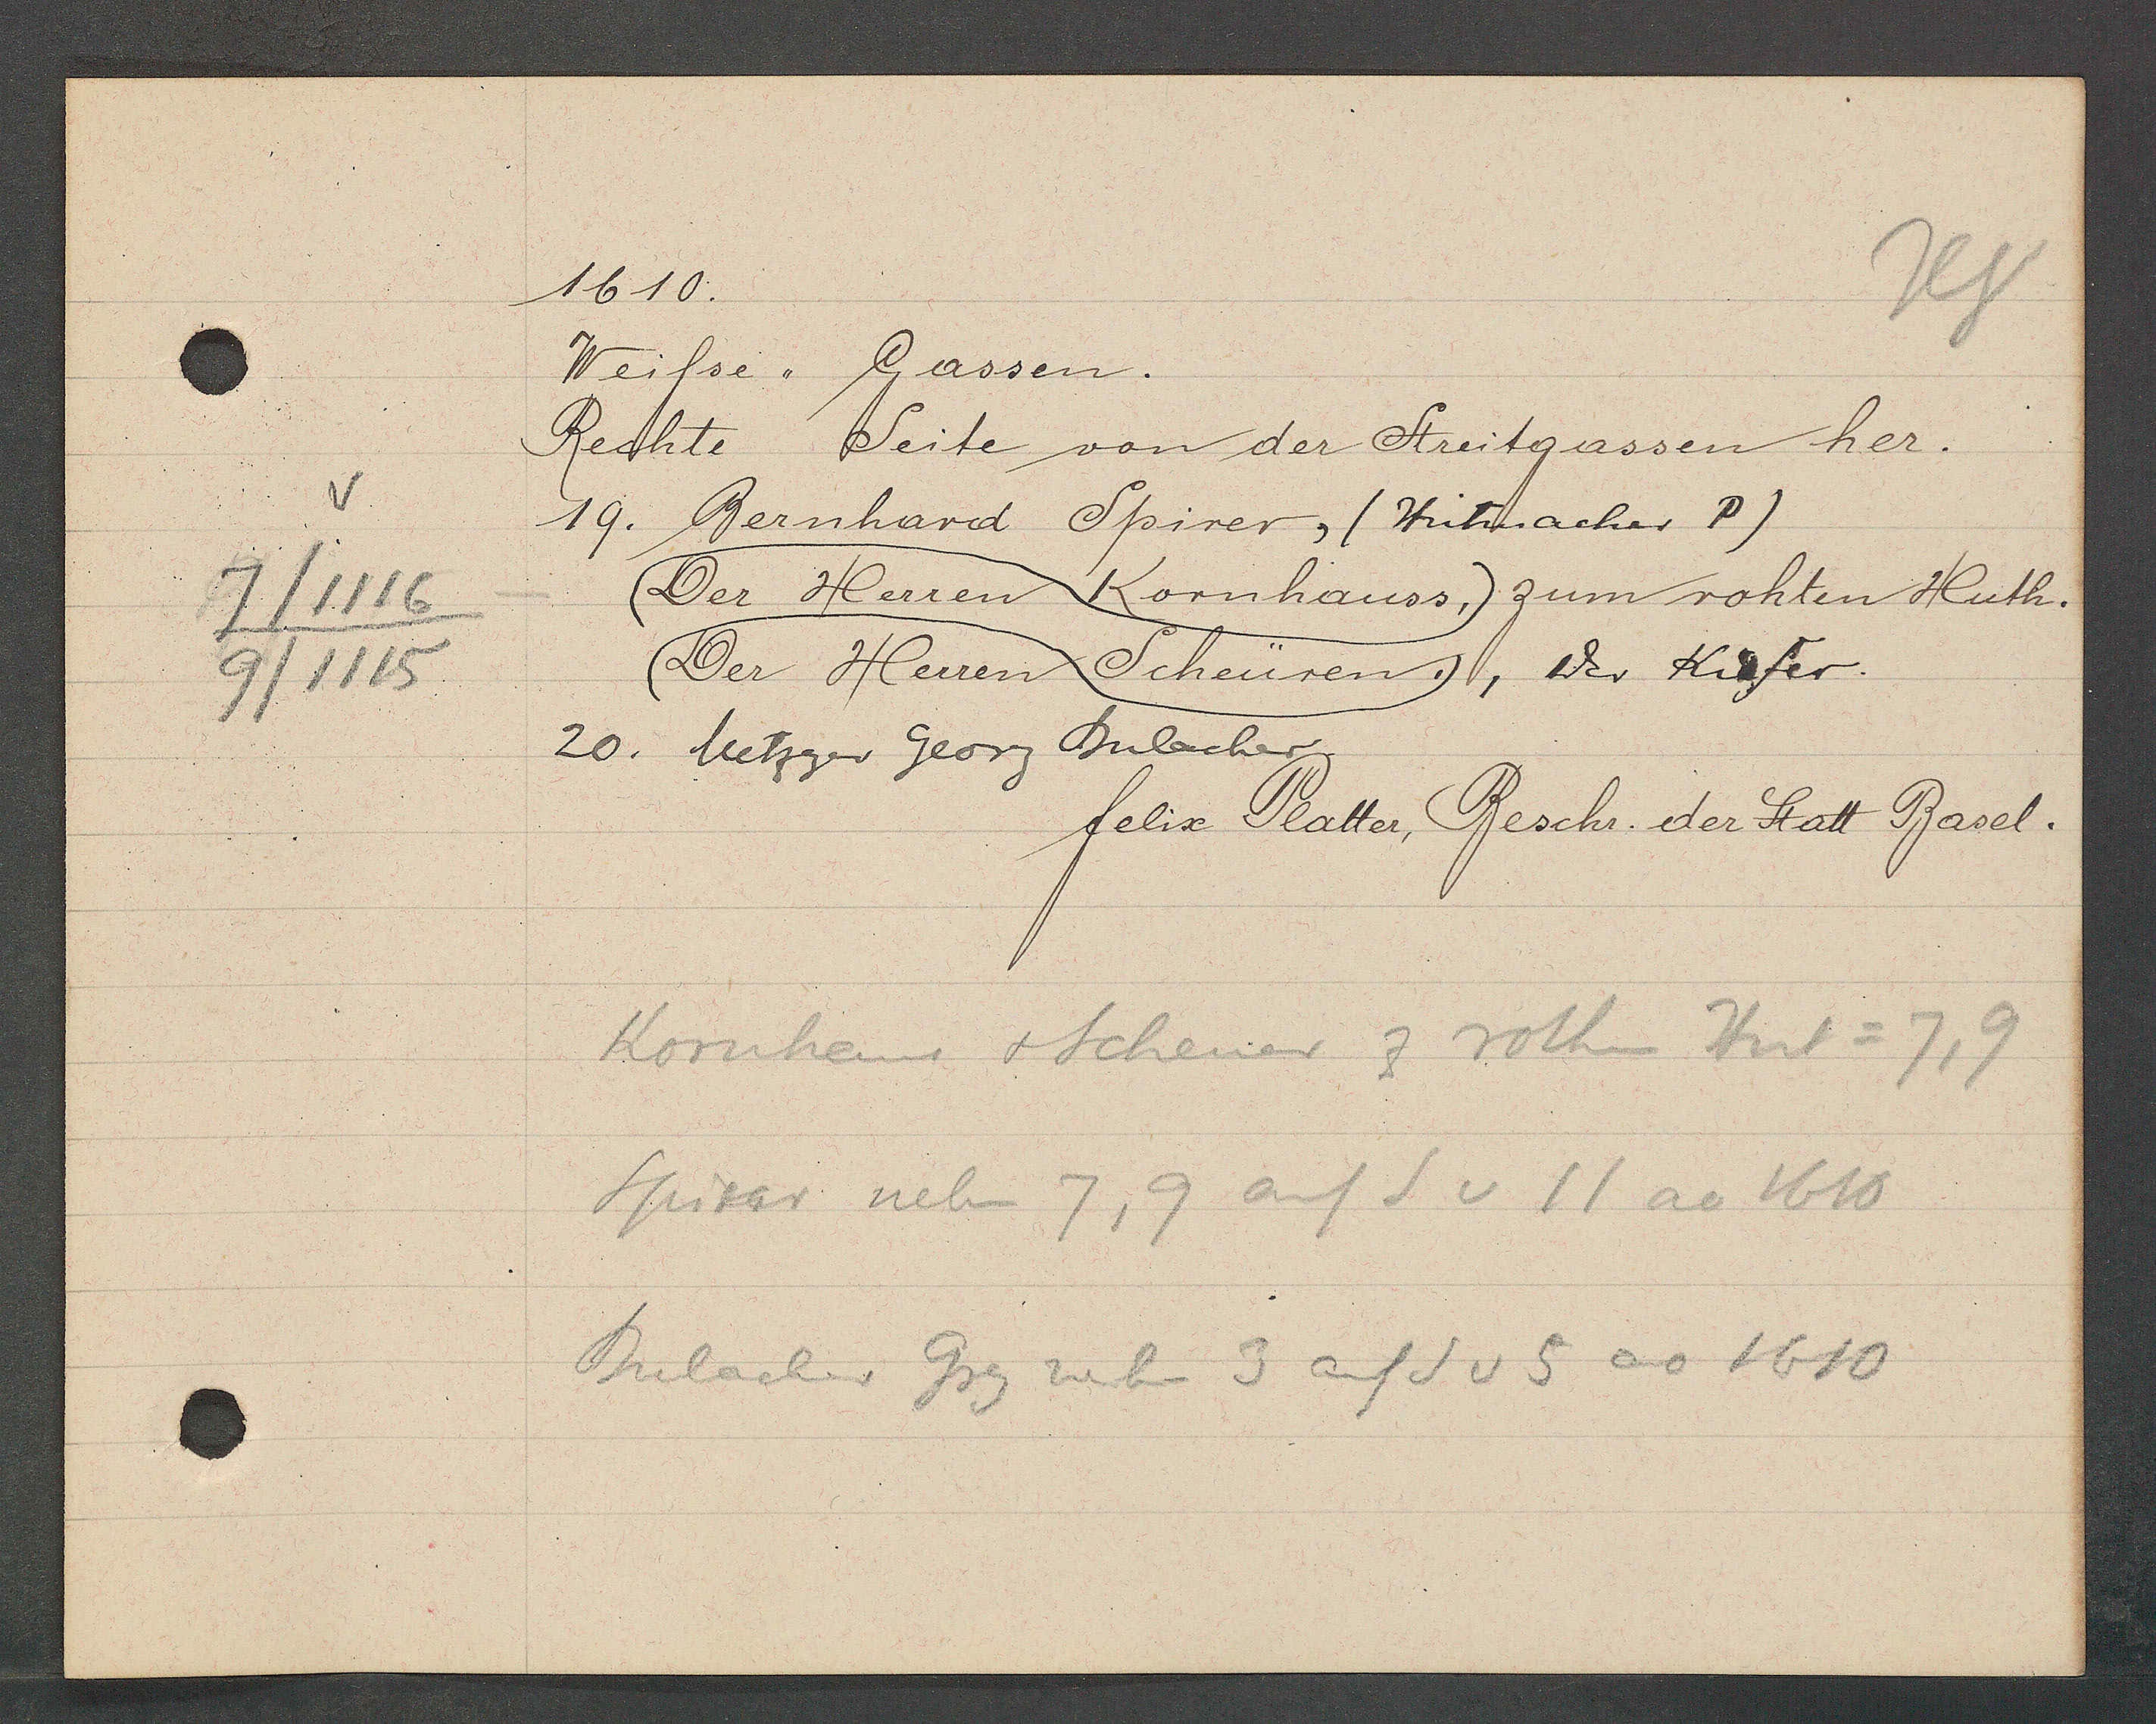
Transcript:
7/1116
9/1115

1610.
Weisse ,, Gassen.
Rechte Seite von der Streitgassen her.
19. Bernhard Spirer, (Huthmacher P)
Der Herren Kornhauss, zum rohten Huth.
Der Herren Scheüren, der Kifer.
20. Metzger Georg Dulacher.

felix Platter Beschr. der Statt Basel.

Kornhaus + Scheuer z rothen Hut = 7,9
Spirer neben 7, 9 auf S v 11 ao 1610
Bulacher Grg neben 3 auf S v 5 ao 1610